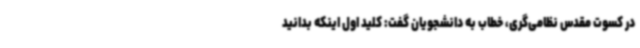
در کسوت مقدس نظامی‌گری، خطاب به دانشجویان گفت: کلید اول اینکه بدانید